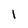
Character: 1